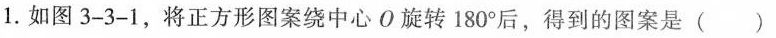
1.如图3-3-1，将正方形图案绕中心O旋转180°后，得到的图案是( )